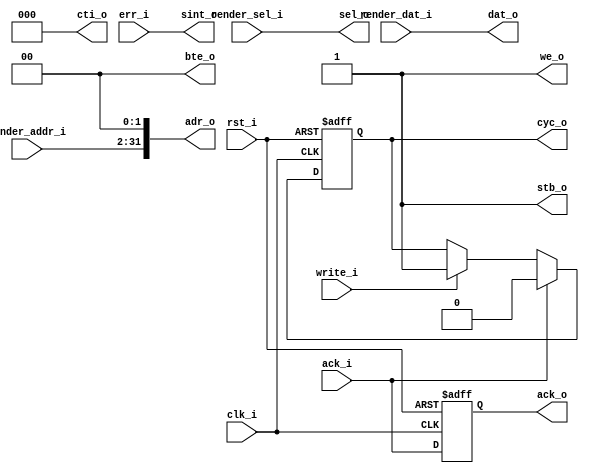
module gfx_wbm_write (clk_i, rst_i,
                      cyc_o, stb_o, cti_o, bte_o, we_o, adr_o, sel_o, ack_i, err_i, dat_o, sint_o,
                      write_i, ack_o,
                      render_addr_i, render_sel_i, render_dat_i);

  // wishbone signals
  input         clk_i;    // master clock input
  input         rst_i;    // Asynchronous active high reset
  output reg    cyc_o;    // cycle output
  output        stb_o;    // strobe ouput
  output [ 2:0] cti_o;    // cycle type id
  output [ 1:0] bte_o;    // burst type extension
  output        we_o;     // write enable output
  output [31:0] adr_o;    // address output
  output [ 3:0] sel_o;    // byte select outputs
  input         ack_i;    // wishbone cycle acknowledge
  input         err_i;    // wishbone cycle error
  output [31:0] dat_o;    // wishbone data out           /// TEMP reg ///

  output        sint_o;     // non recoverable error, interrupt host

  // Renderer stuff
  input         write_i;
  output reg    ack_o;

  input [31:2] render_addr_i;
  input [3:0]  render_sel_i;
  input [31:0] render_dat_i;

  //
  // module body
  //

  assign adr_o = {render_addr_i, 2'b00};
  assign dat_o = render_dat_i;
  assign sel_o = render_sel_i;
  assign sint_o = err_i;
  // We only write, these can be constant
  assign we_o  = 1'b1;
  assign stb_o = 1'b1;
  assign cti_o = 3'b000;
  assign bte_o = 2'b00;

  // Acknowledge when a command has completed
  always @(posedge clk_i or posedge rst_i)
  begin
    //  reset, init component
    if(rst_i)
    begin
      ack_o <= 1'b0;
      cyc_o <= 1'b0;
    end
    // Else, set outputs for next cycle
    else
    begin
      cyc_o <= ack_i   ? 1'b0 : // TODO: connect to pixel fifo rreq instead
               write_i ? 1'b1 :
               cyc_o;
      ack_o <= ack_i; // TODO: always set when fifo isn't full
    end
  end

// Pixel fifo for staging burst writes
/*
  // Fifo stuff
  wire pixel_fifo_full;
  wire pixel_fifo_empty;
  wire pixel_fifo_rreq;
  wire pixel_fifo_wreq;
  wire [31:0] pixel_fifo_d_adr;
  wire [31:0] pixel_fifo_d_data;
  wire [3:0]  pixel_fifo_d_sel;

  // fifo read & write
  assign pixel_fifo_wreq   = write_i & !pixel_fifo_full;// & vga_using_mem_i; //TODO: write directly if !vga_using_mem_i and pixel_fifo_empty
  assign pixel_fifo_rreq   = !pixel_fifo_empty & !vga_using_mem_i; // TODO: connect to ack_i
  assign pixel_fifo_d_adr  = {render_addr_i, 2'b00};
  assign pixel_fifo_d_data = render_dat_i;
  assign pixel_fifo_d_sel  = render_sel_i;
  basic_fifo #(68, 8) pixel_fifo(
  .clock     ( clk_i ),
  .reset     ( rst_i ),

  .data_in   ( {pixel_fifo_d_sel, pixel_fifo_d_adr, pixel_fifo_d_data} ),
  .enq       ( pixel_fifo_wreq ), // write request
  .full      ( pixel_fifo_full ),

//  .data_out  ( {sel_o, adr_o, dat_o} ), // TODO: multiple drivers
  .valid_out ( pixel_fifo_empty ),
  .deq       ( pixel_fifo_rreq ) // read request
  );
*/
endmodule